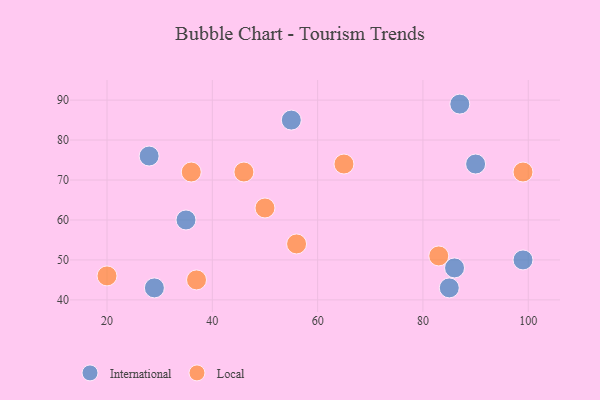
{"axis": {"x": "GDP", "y": "Life Expectancy"}, "legend": ["International", "Local"], "data": [{"x": "35", "y": 60, "type": "International"}, {"x": "86", "y": 48, "type": "International"}, {"x": "29", "y": 43, "type": "International"}, {"x": "90", "y": 74, "type": "International"}, {"x": "55", "y": 85, "type": "International"}, {"x": "28", "y": 76, "type": "International"}, {"x": "87", "y": 89, "type": "International"}, {"x": "99", "y": 50, "type": "International"}, {"x": "85", "y": 43, "type": "International"}, {"x": "46", "y": 72, "type": "Local"}, {"x": "37", "y": 45, "type": "Local"}, {"x": "20", "y": 46, "type": "Local"}, {"x": "56", "y": 54, "type": "Local"}, {"x": "65", "y": 74, "type": "Local"}, {"x": "36", "y": 72, "type": "Local"}, {"x": "83", "y": 51, "type": "Local"}, {"x": "99", "y": 72, "type": "Local"}, {"x": "50", "y": 63, "type": "Local"}]}